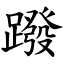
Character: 蹳